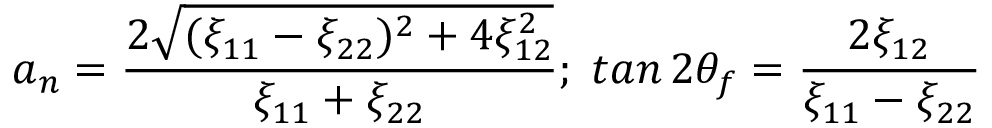
a _ { n } = \frac { 2 \sqrt { ( \xi _ { 1 1 } - \xi _ { 2 2 } ) ^ { 2 } + 4 \xi _ { 1 2 } ^ { 2 } } } { \xi _ { 1 1 } + \xi _ { 2 2 } } ; \; t a n \, 2 \theta _ { f } = \frac { 2 \xi _ { 1 2 } } { \xi _ { 1 1 } - \xi _ { 2 2 } }